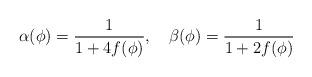
LaTeX: \begin{align*}\alpha(\phi)={1 \over {1+4f(\phi)}}, \quad \beta(\phi)={1 \over {1+2f(\phi)}}\end{align*}